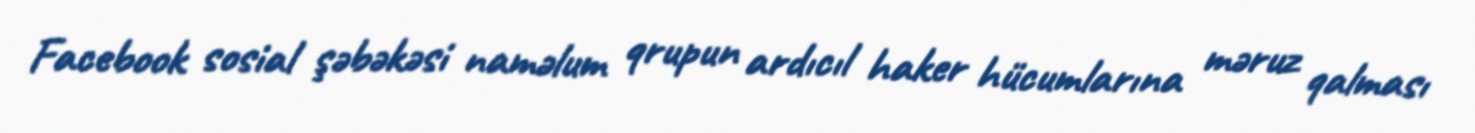
Facebook sosial şəbəkəsi naməlum qrupun ardıcıl haker hücumlarına məruz qalması